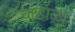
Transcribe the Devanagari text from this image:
चांडाळा